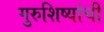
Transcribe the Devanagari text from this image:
गुरुशिष्यांची